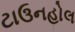
ટાઉનહોલ